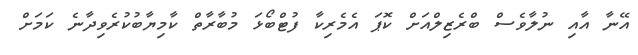
އޭނާ އާއި ނުލާވެސް ބްރެޒިލްއަށް ކޮޕަ އެމެރިކާ ފުޓްބޯޅަ މުބާރާތް ކާމިޔާބުކުރެވިދާނެ ކަމަށް